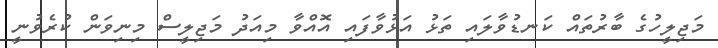
މަޖިލީހުގެ ބާރުތައް ކަނޑުވާލައި ތަޅު އަޅުވާފައި އޮއްވާ މިއަދު މަޖިލީސް މިނިވަން ކުރެވުނީ